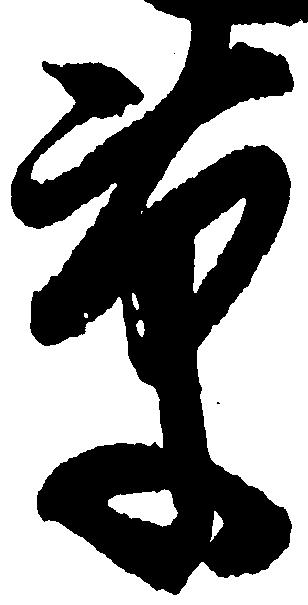
草